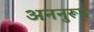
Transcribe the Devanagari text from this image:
अननुरूप